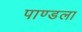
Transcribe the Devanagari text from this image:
पाण्डला